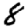
Digit: 8